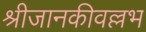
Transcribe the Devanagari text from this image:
श्रीजानकीवल्लभ